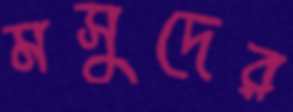
মসুদের